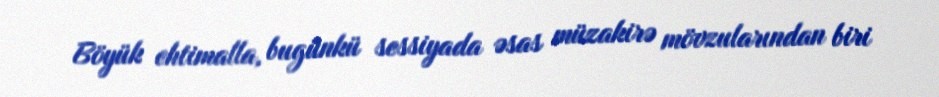
Böyük ehtimalla, bugünkü sessiyada əsas müzakirə mövzularından biri